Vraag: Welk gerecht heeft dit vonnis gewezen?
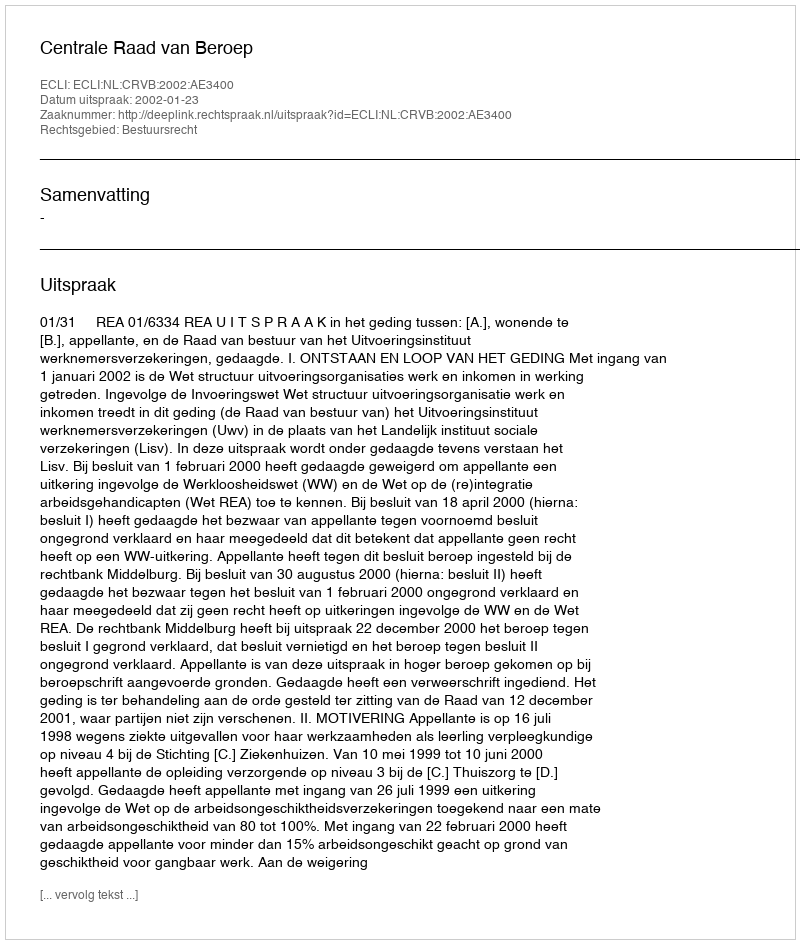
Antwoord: Centrale Raad van Beroep